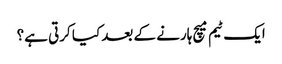
ایک ٹیم میچ ہارنے کے بعد کیا کرتی ہے؟